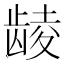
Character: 𲎩